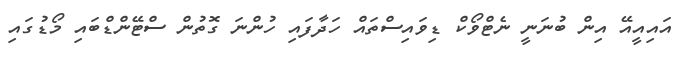
އައިއީއޭ އިން ބުނަނީ ނެޓްވޯކް ޑިވައިސްތައް ހަދާފައި ހުންނަ ގޮތުން ސްޓޭންޑްބައި މޯޑުގައި